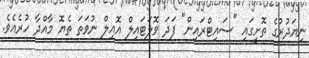
ނިޔަދުރުގެ ތޮށީގައި "ސައިޓްރައިން" ފަދަ ވޮލަޓައިލް އޮއިލް ނުވަތަ ތެޔޮ މާއްދާ ހުރެއެވެ.